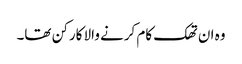
وہ ان تھک کام کرنے والا کارکن تھا۔